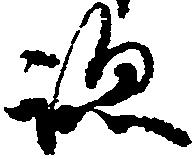
跡